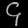
Digit: ၄